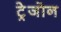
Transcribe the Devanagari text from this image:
ट्रेजोन